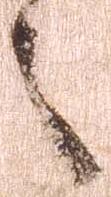
之